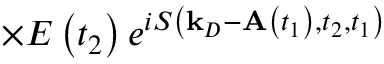
\times E \left( t _ { 2 } \right) e ^ { i S \left( \mathbf { k } _ { D } - \mathbf { A } \left( t _ { 1 } \right) , t _ { 2 } , t _ { 1 } \right) }